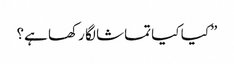
”کیا کیا تماشا لگا رکھا ہے؟